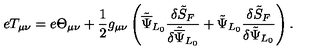
e T _ { \mu \nu } = e \Theta _ { \mu \nu } + \frac { 1 } { 2 } g _ { \mu \nu } \left( { \tilde { \overline { \Psi } } } _ { L _ { 0 } } \frac { \delta { \tilde { S } } _ { F } } { \delta { \tilde { \overline { \Psi } } } _ { L _ { 0 } } } + { \tilde { \Psi } } _ { L _ { 0 } } \frac { \delta { \tilde { S } } _ { F } } { \delta { \tilde { \Psi } } _ { L _ { 0 } } } \right) .